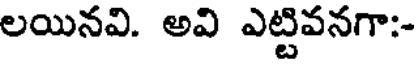
లయినవి. అవి ఎట్టివనగా:-